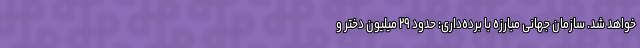
خواهد شد. سازمان جهانی مبارزه با برده‌داری: حدود ۲۹ میلیون دختر و